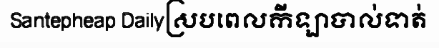
Santepheap Dailyស្របពេលកីឡាបាល់ទាត់